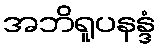
အဘိရူပနန္ဒံ